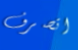
اتصرف